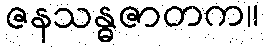
ဇနသန္ဓဇာတက။